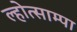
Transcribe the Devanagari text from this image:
ल्होत्साम्पा